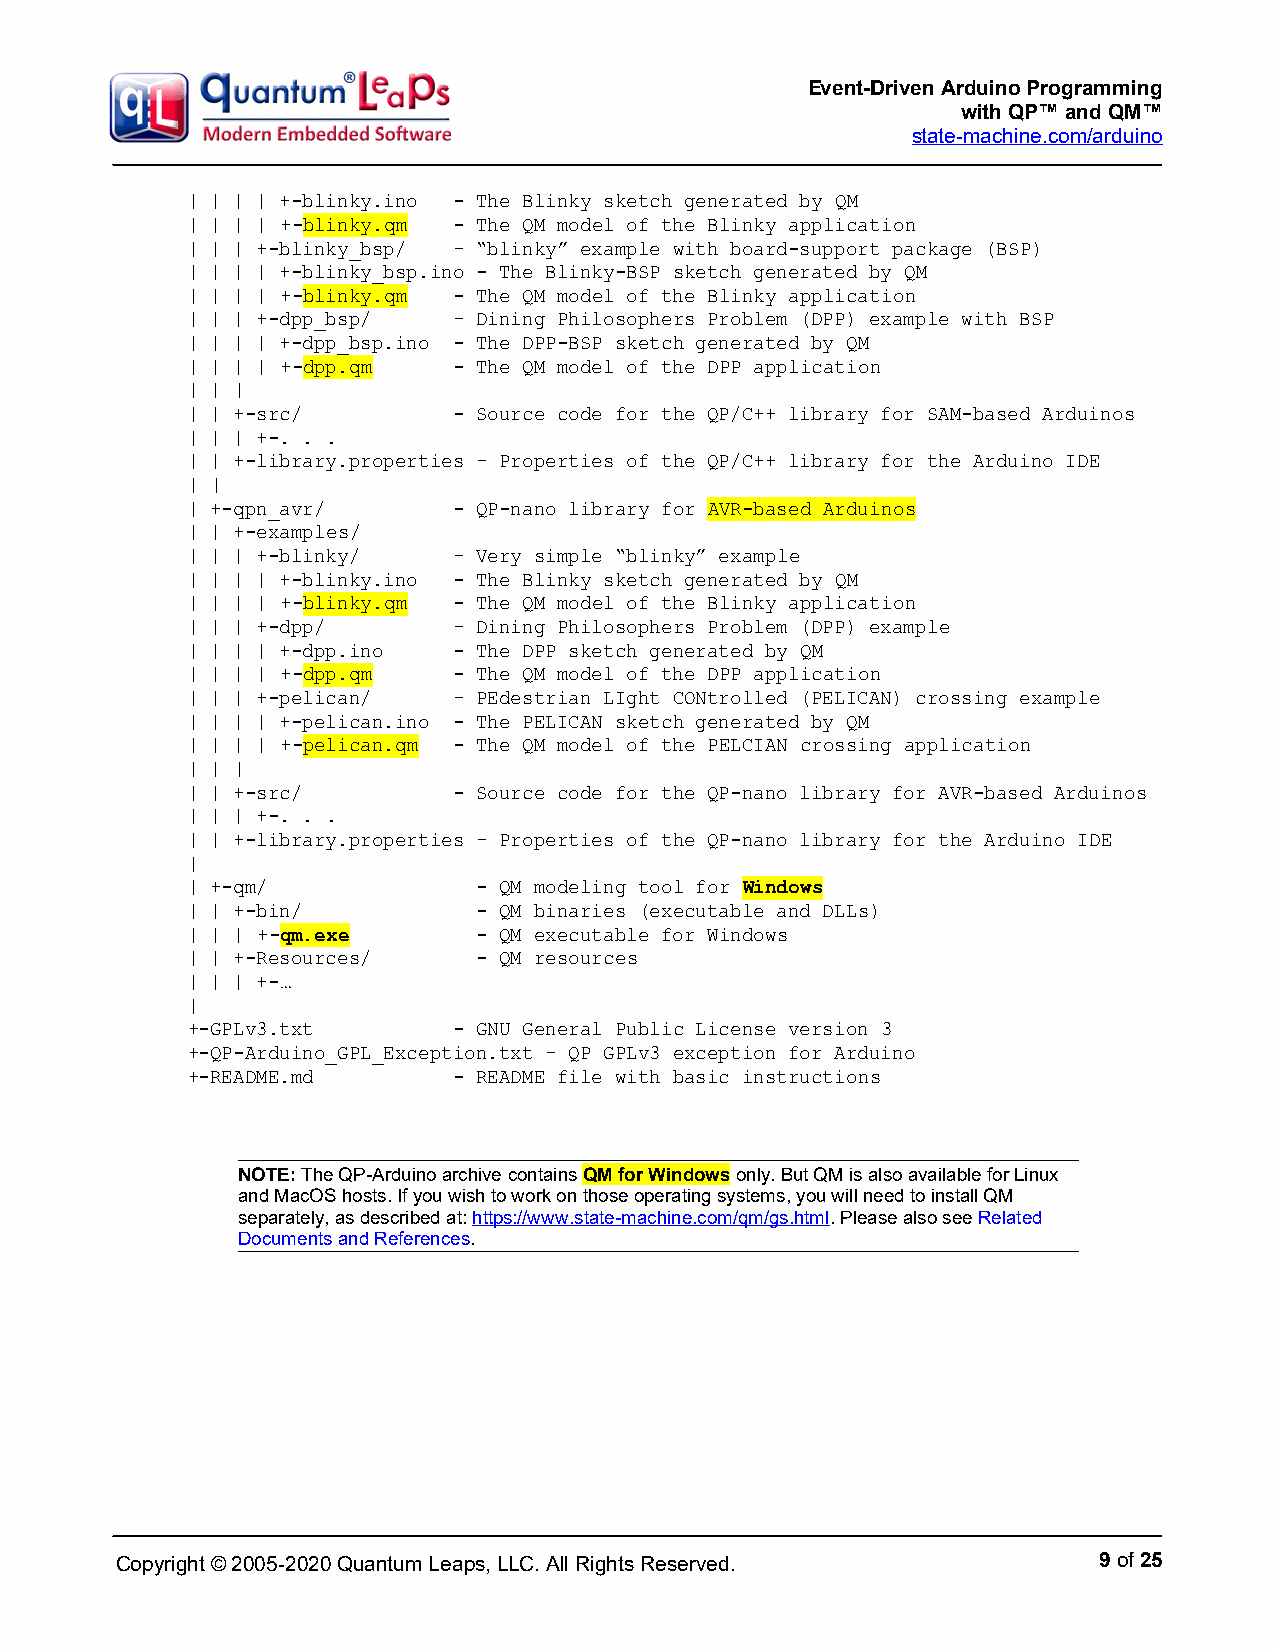
Event-Driven Arduino Programming
 with QP™ and QM™
 state-machine.com/arduino
 | | | | +-blinky.ino - The Blinky sketch generated by QM
 | | | | +-blinky.qm - The QM model of the Blinky application
 | | | +-blinky_bsp/ – “blinky” example with board-support package (BSP)
 | | | | +-blinky_bsp.ino - The Blinky-BSP sketch generated by QM
 | | | | +-blinky.qm - The QM model of the Blinky application
 | | | +-dpp_bsp/  – Dining Philosophers Problem (DPP) example with BSP
 | | | | +-dpp_bsp.ino - The DPP-BSP sketch generated by QM
 | | | | +-dpp.qm  - The QM model of the DPP application
 | | |
 | | +-src/        - Source code for the QP/C++ library for SAM-based Arduinos
 | | | +-. . .
 | | +-library.properties – Properties of the QP/C++ library for the Arduino IDE
 | |
 | +-qpn_avr/      - QP-nano library for AVR-based Arduinos
 | | +-examples/
 | | | +-blinky/   – Very simple “blinky” example
 | | | | +-blinky.ino - The Blinky sketch generated by QM
 | | | | +-blinky.qm - The QM model of the Blinky application
 | | | +-dpp/      – Dining Philosophers Problem (DPP) example
 | | | | +-dpp.ino - The DPP sketch generated by QM
 | | | | +-dpp.qm  - The QM model of the DPP application
 | | | +-pelican/  – PEdestrian LIght CONtrolled (PELICAN) crossing example
 | | | | +-pelican.ino - The PELICAN sketch generated by QM
 | | | | +-pelican.qm - The QM model of the PELCIAN crossing application
 | | |
 | | +-src/        - Source code for the QP-nano library for AVR-based Arduinos
 | | | +-. . .
 | | +-library.properties – Properties of the QP-nano library for the Arduino IDE
 |
 | +-qm/             - QM modeling tool for Windows
 | | +-bin/          - QM binaries (executable and DLLs)
 | | | +-qm.exe      - QM executable for Windows
 | | +-Resources/    - QM resources
 | | | +-…
 |
 +-GPLv3.txt       - GNU General Public License version 3
 +-QP-Arduino_GPL_Exception.txt – QP GPLv3 exception for Arduino
 +-README.md       - README file with basic instructions
 NOTE: The QP-Arduino archive contains QM for Windows only. But QM is also available for Linux
 and MacOS hosts. If you wish to work on those operating systems, you will need to install QM
 separately, as described at: https://www.state-machine.com/qm/gs.html. Please also see Related
 Documents and References.
 Copyright © 2005-2020 Quantum Leaps, LLC. All Rights Reserved.   9 of 25